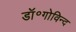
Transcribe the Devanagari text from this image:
डॉ॰गोविन्द